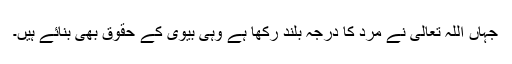
جہاں اللہ تعالیٰ نے مرد کا درجہ بلند رکھا ہے وہی بیوی کے حقوق بھی بنائے ہیں۔